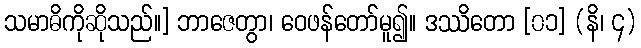
သမာဓိကိုဆိုသည်။] ဘာဇေတွာ၊ ဝေဖန်တော်မူ၍။ ဒဿိတော [၀၁] (နိ၊ ၄)